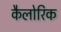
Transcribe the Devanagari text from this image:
कैलोरिक